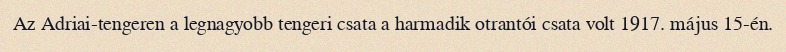
Az Adriai-tengeren a legnagyobb tengeri csata a harmadik otrantói csata volt 1917. május 15-én.